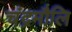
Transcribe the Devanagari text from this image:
चंद्रमौलि